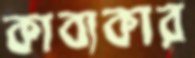
কাব্যকার